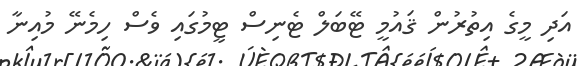
އަދި މީގެ އިތުރުން ޤައުމީ ޓޭބަލް ޓެނިސް ޓީމުގައި ވެސް ހިމެނޭ މުއިނާ